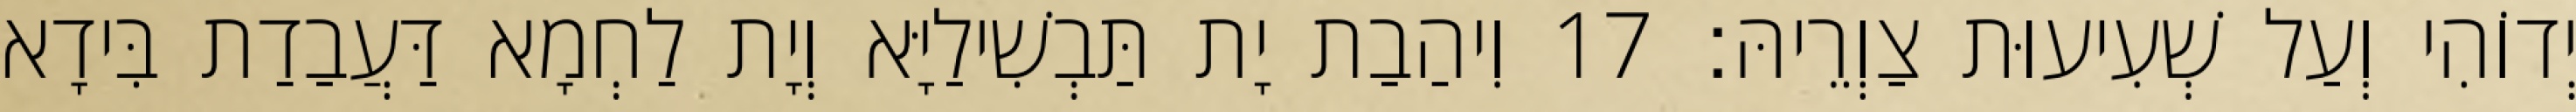
יְדוֹהִי וְעַל שְׁעִיעוּת צַוְרֵיהּ׃ 17 וִיהַבַת יָת תַּבְשִׁילַיָּא וְיָת לַחְמָא דַּעֲבַדַת בִּידָא